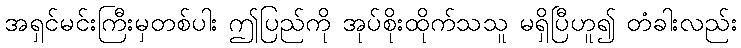
အရှင်မင်းကြီးမှတစ်ပါး ဤပြည်ကို အုပ်စိုးထိုက်သသူ မရှိပြီဟူ၍ တံခါးလည်း